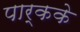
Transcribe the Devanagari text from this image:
पार्कके